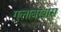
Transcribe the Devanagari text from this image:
गुलाबखास